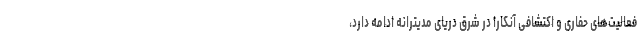
فعالیت‌های حفاری و اکتشافی آنکارا در شرق دریای مدیترانه ادامه دارد،